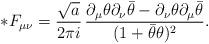
LaTeX: \begin{align*}{*} F_{\mu\nu}= \frac{\sqrt{a}}{2\pi i}\,\frac{\partial _\mu \theta \partial _\nu {\bar \theta}- \partial _\nu \theta \partial _\mu {\bar \theta}}{(1+{\bar \theta}\theta )^2}.\end{align*}